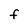
Character: F